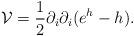
LaTeX: \begin{align*}{\mathcal{V}}=\frac{1}{2}\partial_{i}\partial_{i}(e^{h}-h).\end{align*}